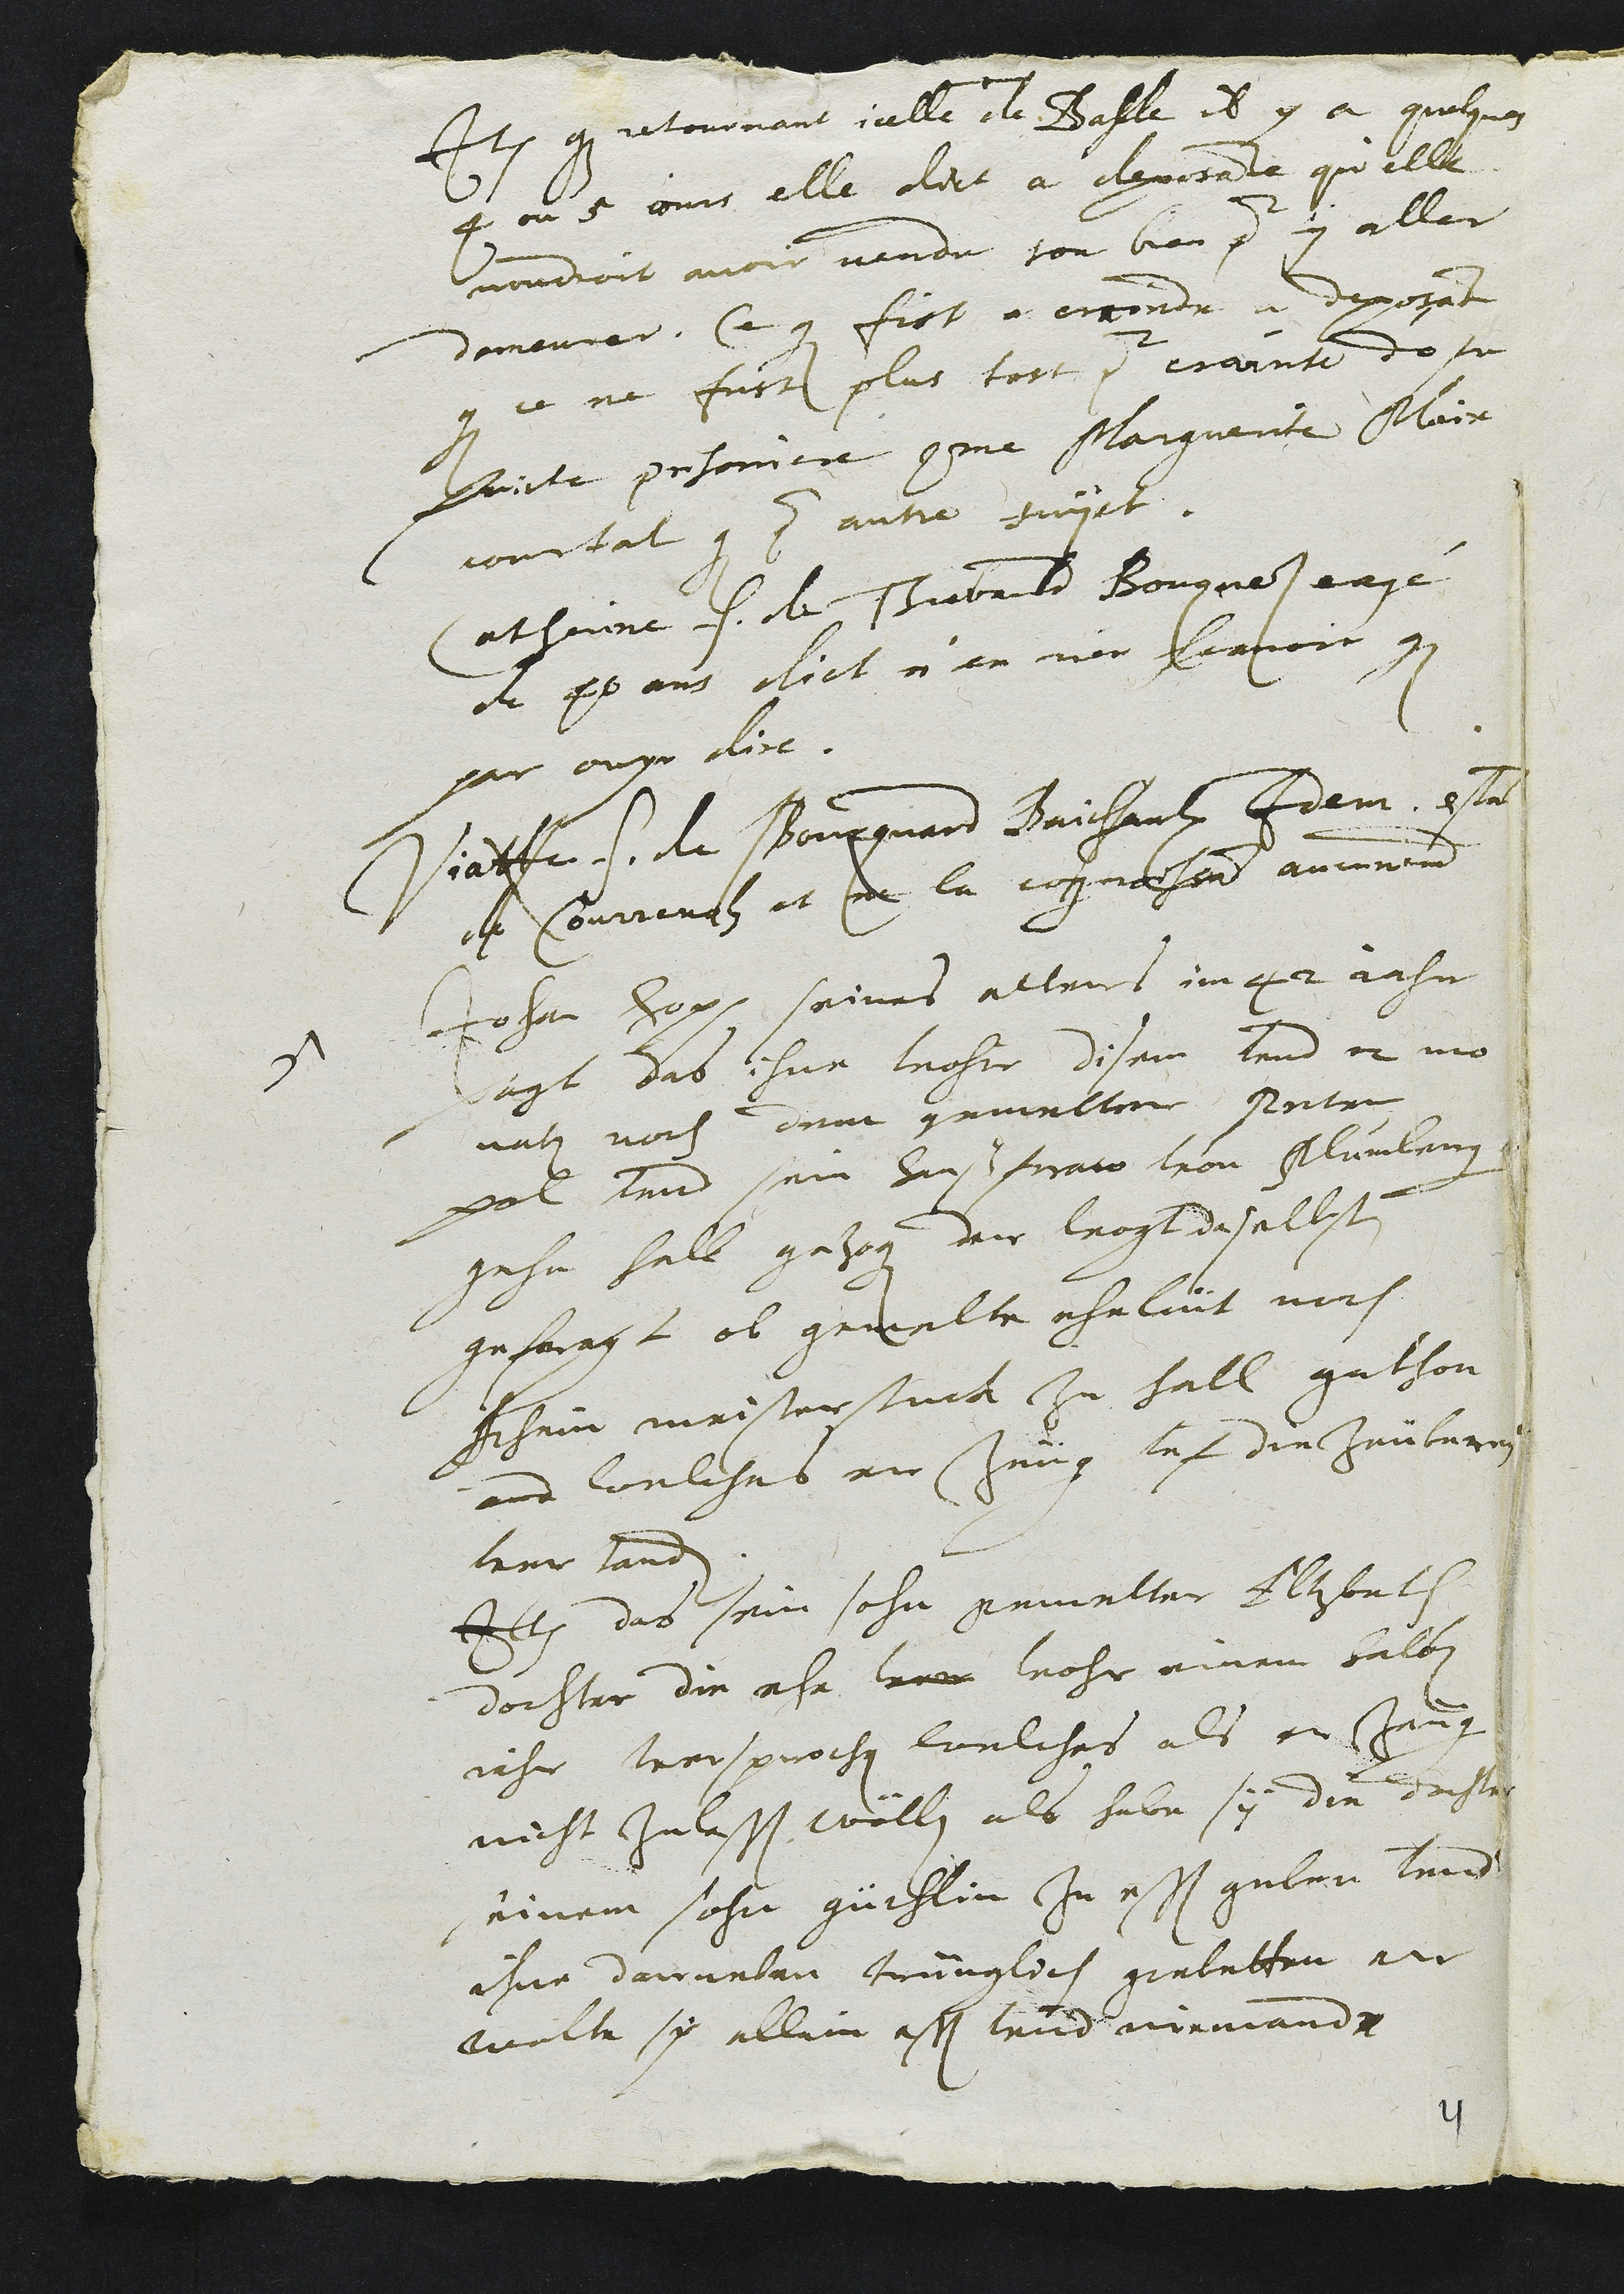
Item que retournant icelle de Basle il y a quelques
4 ou 5 jours elle dict a deposante qu'elle
voudroit avoir vendu son bien pour y aller
demeurer. Ce que fist a entendre a deposante
que ce ne fust plus tost pour crainte de se
faicte prisoniere comme Marguerite Maire
courtat que pour autre sujet.
Catherine f. de Thiebauld Bourquard eagé
de 40 ans dict n'en rien scavoir que
par ouyr dire.
Viatte f. de Bourquard Baichaulx Idem estant
de Courrenolz et ne la cognoissant aucunement
5 Johan Hopp seines alters im 42 jahr
sagt das ihne vohr disem und 2 mo
naten noch dem gemelter Peter
Pol und sein haussfraw von Plumberg
gehn hall gezogen der vogt daselbsten
gefragt ob gemelte eheleüt noch
Irhein meisterstuck zu hall gathon
and welches er Zeüg uf die Zaüberey
verstanden.
Item das sein sohn gemelter Eltzbeth
dochter die ehe wor vohr einem halben
jahr versprochen welches als er Zeug
nicht zulassen wöllen als habe sy die dochter
seinem sohn güchlin Zu essen geben und
ihne darneben trünglich gebetten an
wolle sy allein essen und niemand